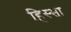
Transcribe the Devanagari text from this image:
हिस्सा